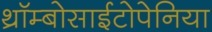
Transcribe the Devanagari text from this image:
थ्रॉम्बोसाईटोपेनिया